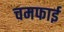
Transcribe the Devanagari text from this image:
चमफाई